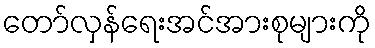
တော်လှန်ရေးအင်အားစုများကို